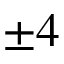
\pm 4